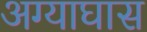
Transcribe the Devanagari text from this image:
अग्याघास